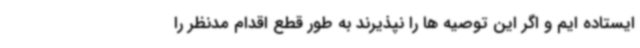
ایستاده ایم و اگر این توصیه ها را نپذیرند به طور قطع اقدام مدنظر را